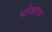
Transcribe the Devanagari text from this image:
पोखरत